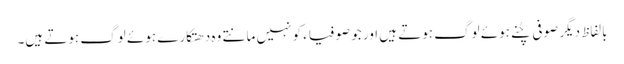
بالفاظِ دیگر صوفی چُنے ہوئے لوگ ہوتے ہیں اور جو صوفیاء کو نہیں مانتے وہ دھتکارے ہوئے لوگ ہوتے ہیں۔